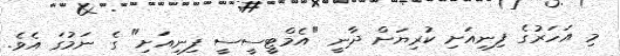
މި އަހަރުގެ ފިނިއަށި ކުރިޔަށް ދާނީ "އެމްޓީސީސީ ފިނިއަށި" ގެ ނަމުގަ އެވެ.